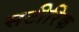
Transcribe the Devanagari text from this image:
सटीरिक